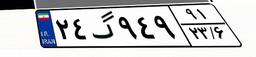
۸۲گ۵۳۶۸۷